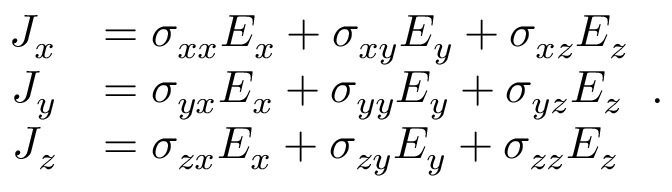
{ \begin{array} { r l } { J _ { x } } & { = \sigma _ { x x } E _ { x } + \sigma _ { x y } E _ { y } + \sigma _ { x z } E _ { z } } \\ { J _ { y } } & { = \sigma _ { y x } E _ { x } + \sigma _ { y y } E _ { y } + \sigma _ { y z } E _ { z } } \\ { J _ { z } } & { = \sigma _ { z x } E _ { x } + \sigma _ { z y } E _ { y } + \sigma _ { z z } E _ { z } } \end{array} } .